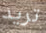
تريد